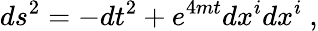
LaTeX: ds^{2}=-dt^{2}+e^{4mt}dx^{i}dx^{i}\ ,